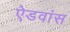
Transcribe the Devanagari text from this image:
ऐडवांस